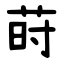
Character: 莳